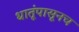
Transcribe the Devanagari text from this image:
धातूंपासूनच